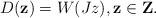
LaTeX: \begin{align*}D(\mathbf{z})=W(Jz),\mathbf{z\in Z.} \end{align*}